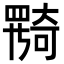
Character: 𡚎